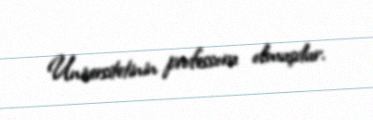
Universitetinin professoru olmuşdur.